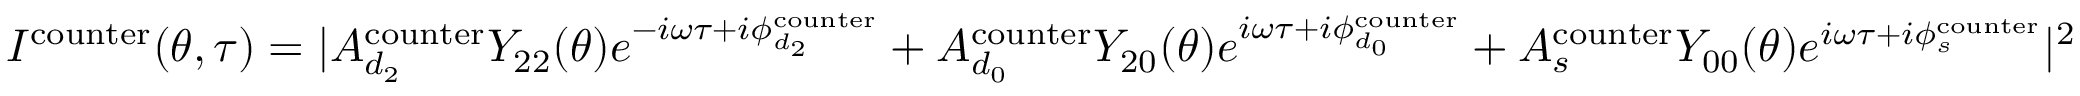
I ^ { \mathrm { { c o u n t e r } } } ( \theta , \tau ) = | A _ { d _ { 2 } } ^ { \mathrm { c o u n t e r } } Y _ { 2 2 } ( \theta ) e ^ { - i \omega \tau + i \phi _ { d _ { 2 } } ^ { \mathrm { { c o u n t e r } } } } + A _ { d _ { 0 } } ^ { \mathrm { c o u n t e r } } Y _ { 2 0 } ( \theta ) e ^ { i \omega \tau + i \phi _ { d _ { 0 } } ^ { \mathrm { { c o u n t e r } } } } + A _ { s } ^ { \mathrm { c o u n t e r } } Y _ { 0 0 } ( \theta ) e ^ { i \omega \tau + i \phi _ { s } ^ { \mathrm { { c o u n t e r } } } } | ^ { 2 }